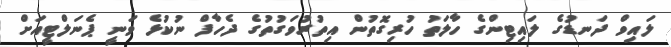
ލައިވް ދަނޑުގެ ލައިޓިންގެ ހާލަތު ހުރިގޮތުން އިތުރުވަގުތުގެ ދެހާފް ނުކުޅެ ވަނީ ޕެނަލްޓީއަށް